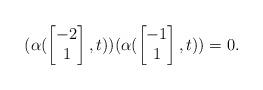
LaTeX: \begin{align*}(\alpha(\begin{bmatrix}-2\\1\end{bmatrix},t))(\alpha(\begin{bmatrix}-1\\1\end{bmatrix},t))=0.\end{align*}